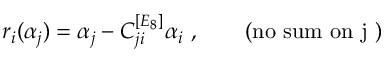
\quad r _ { i } ( \alpha _ { j } ) = \alpha _ { j } - C _ { j i } ^ { [ E _ { 8 } ] } \alpha _ { i } ~ , \qquad \mathrm { ( n o ~ s u m ~ o n ~ j ~ ) }